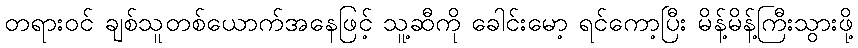
တရားဝင် ချစ်သူတစ်ယောက်အနေဖြင့် သူ့ဆီကို ခေါင်းမော့ ရင်ကော့ပြီး မိန့်မိန့်ကြီးသွားဖို့